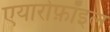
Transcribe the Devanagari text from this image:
एयारोफ़ॉइल